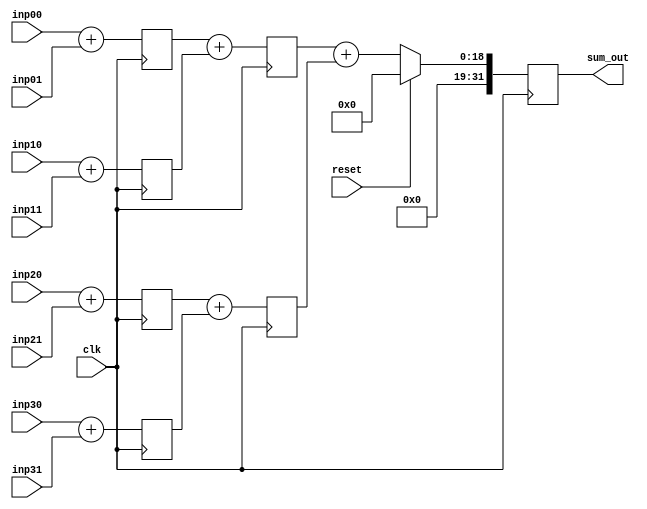
module adder_tree_3stage_16bit (clk,reset,inp00,inp01,inp10,inp11,inp20,inp21,inp30,inp31,sum_out); 

input clk; 
input reset; 
input [15:0] inp00; 
input [15:0] inp01;
input [15:0] inp10; 
input [15:0] inp11;
input [15:0] inp20; 
input [15:0] inp21;
input [15:0] inp30; 
input [15:0] inp31;
output reg [31:0] sum_out;

reg [16:0] S_0_0; 
reg [16:0] S_0_1;
reg [16:0] S_0_2;
reg [16:0] S_0_3;

always@(posedge clk) begin 

S_0_0 <= inp00 + inp01; 
S_0_1 <= inp10 + inp11;
S_0_2 <= inp20 + inp21;
S_0_3 <= inp30 + inp31;

end 

reg [17:0] S_1_0;
reg [17:0] S_1_1;

always@(posedge clk) begin 

S_1_0 <= S_0_0 + S_0_1; 
S_1_1 <= S_0_2 + S_0_3;

end 

always@(posedge clk) begin 

if (reset == 1'b1) begin 
  sum_out <= 32'd0; 
end
else begin 
  sum_out <= S_1_0 + S_1_1; 
end

end 

endmodule